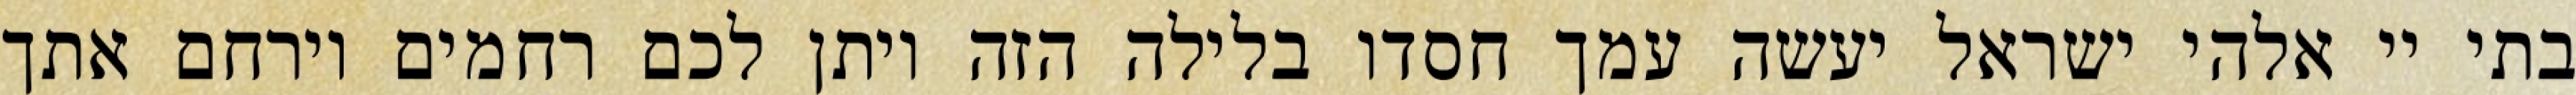
בתי יי אלהי ישראל יעשה עמך חסדו בלילה הזה ויתן לכם רחמים וירחם אתך